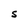
Character: S